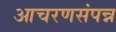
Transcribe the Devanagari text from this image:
आचरणसंपन्न